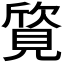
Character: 𬢀